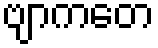
ဗျာကတေ